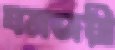
যমজয়ী